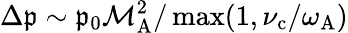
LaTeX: \Delta\mathfrak{p}\sim\mathfrak{p}_{0}\mathcal{{M}}_{\mathrm{{A}}}^{2}/\operatorname*{max}(1,\nu_{\mathrm{{c}}}/\omega_{\mathrm{{A}}})